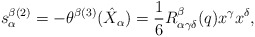
\begin{align*}s^{\beta(2)}_{\alpha}=-\theta^{\beta(3)}(\hat{X}_\alpha)=\frac{1}{6}R_{\alpha\gamma\delta}^{\beta}(q)x^\gamma x^\delta,\end{align*}